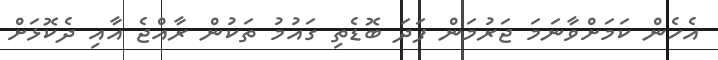
އެހެން ކަމަށްވާނަމަ ޖަރުމަން ފަދަ ބޮޑެތި ގައުމު ތަކުން ރާއްޖެ އާއި ދެކޮޅަށް